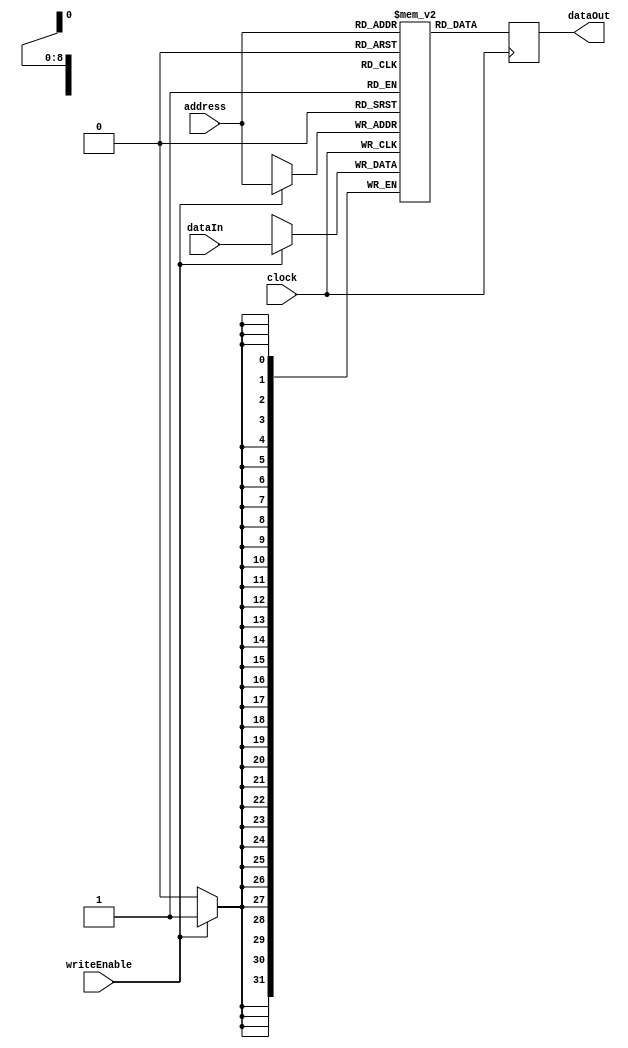
module sram512X32 ( input wire        clock,
                                      writeEnable,
                    input wire [8:0]  address,
                    input wire [31:0] dataIn,
                    output reg [31:0] dataOut);

  reg [31:0] memory [511:0];
  
  always @ (posedge clock)
    begin
      if (writeEnable == 1'b1) memory[address] <= dataIn;
      dataOut <= memory[address];
    end
endmodule